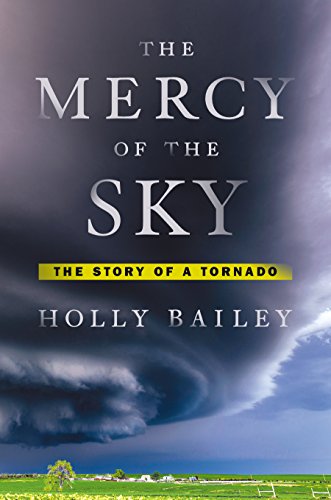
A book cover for The Mercy of the Sky: The Story of a Tornado; Holly Bailey; Science & Math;